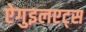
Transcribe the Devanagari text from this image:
ऐगुइलएट्स